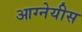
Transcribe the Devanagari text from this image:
आग्‍नेयीस